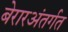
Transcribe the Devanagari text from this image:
बेरारअंतर्गत